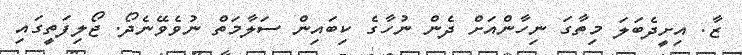
ޒާ. އިށީދެބަލަ މިތާގަ ނިހާންއަށް ދެން ނުހާގެ ކިބައިން ސަލާމަތް ނުވެވޭނެދޯ. ޖޯލިފަތީގައި